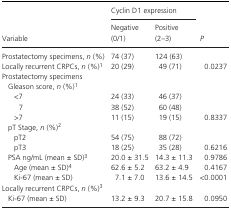
<table><thead><tr><td rowspan="2"><b>Variable</b></td><td colspan="2"><b>Cyclin D1 expression</b></td><td rowspan="2"><b><i>P</i></b></td></tr><tr><td><b>Negative (0/1)</b></td><td><b>Positive (2–3)</b></td></tr></thead><tbody><tr><td>Prostatectomy specimens, <i>n</i> (%)</td><td>74 (37)</td><td>124 (63)</td><td></td></tr><tr><td>Locally recurrent CRPCs, <i>n</i> (%)1</td><td>20 (29)</td><td>49 (71)</td><td>0.0237</td></tr><tr><td colspan="4">Prostatectomy specimens</td></tr><tr><td colspan="4"> Gleason score, <i>n</i> (%)1</td></tr><tr><td>&lt;7</td><td>24 (33)</td><td>46 (37)</td><td></td></tr><tr><td>7</td><td>38 (52)</td><td>60 (48)</td><td></td></tr><tr><td>&gt;7</td><td>11 (15)</td><td>19 (15)</td><td>0.8337</td></tr><tr><td colspan="4"> pT Stage, <i>n</i> (%)2</td></tr><tr><td>pT2</td><td>54 (75)</td><td>88 (72)</td><td></td></tr><tr><td>pT3</td><td>18 (25)</td><td>35 (28)</td><td>0.6216</td></tr><tr><td> PSA ng/mL (mean ± SD)3</td><td>20.0 ± 31.5</td><td>14.3 ± 11.3</td><td>0.9786</td></tr><tr><td>Age (mean ± SD)4</td><td>62.6 ± 5.2</td><td>63.2 ± 4.9</td><td>0.4167</td></tr><tr><td>Ki-67 (mean ± SD)</td><td>7.1 ± 7.0</td><td>13.6 ± 14.5</td><td>&lt;0.0001</td></tr><tr><td colspan="4">Locally recurrent CRPCs, <i>n</i> (%)3</td></tr><tr><td> Ki-67 (mean ± SD)</td><td>13.2 ± 9.3</td><td>20.7 ± 15.8</td><td>0.0950</td></tr></tbody></table>